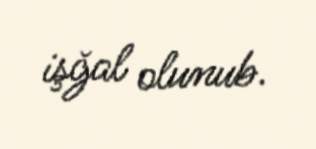
işğal olunub.